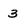
Character: 3